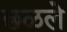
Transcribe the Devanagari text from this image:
छळले